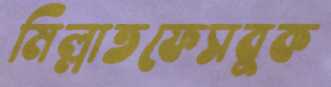
মিল্লাতফেসবুক